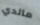
مالدي